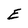
Character: E